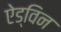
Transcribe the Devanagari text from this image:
ऐड्विन